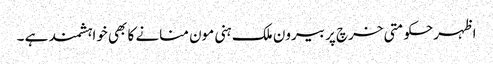
اظہرحکومتی خرچ پر بیرون ملک ہنی مون منانے کا بھی خواہشمند ہے ۔